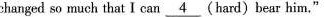
changed so much that I can\underline{4} ( hard) bear him.”